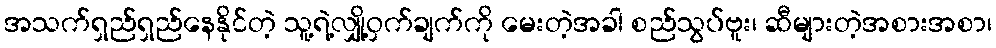
အသက်ရှည်ရှည်နေနိုင်တဲ့ သူ့ရဲ့လျှို့ဝှက်ချက်ကို မေးတဲ့အခါ စည်သွပ်ဗူး၊ ဆီများတဲ့အစားအစာ၊